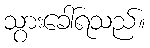
သွားခေါ်ရသည်။